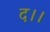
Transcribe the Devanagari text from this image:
द।।